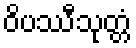
ဝိပဿီသုတ္တံ